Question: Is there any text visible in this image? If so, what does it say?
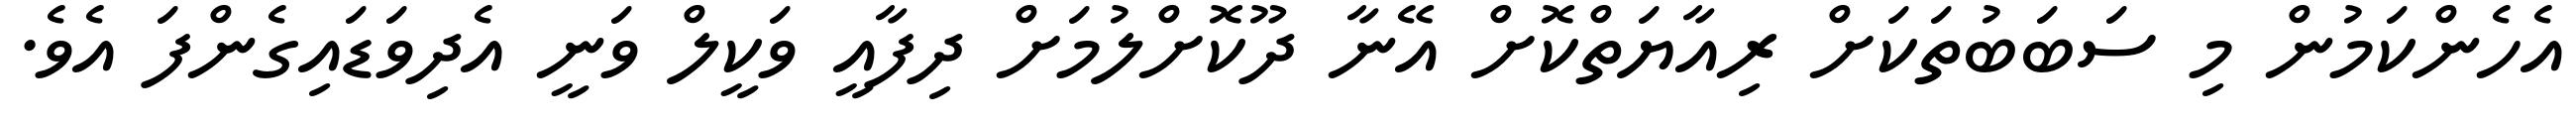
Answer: އެހެންކަމުން މި ސަބަބުތަކަށް ރިއާޔަތްކޮށް އޭނާ ދޫކޮށްލުމަށް ދިފާއީ ވަކީލް ވަނީ އެދިވަޑައިގެންފަ އެވެ.